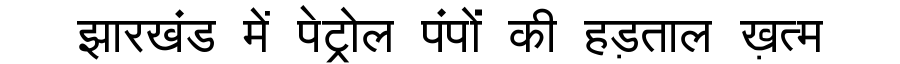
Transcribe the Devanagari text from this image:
झारखंड में पेट्रोल पंपों की हड़ताल ख़त्म